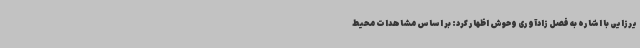
یرزایی با اشاره به فصل زادآوری وحوش اظهار کرد: بر اساس مشاهدات محیط